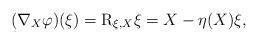
LaTeX: \begin{align*} (\nabla _X \varphi) (\xi) = {\rm R} _{\xi, X} \xi = X - \eta (X) \xi, \end{align*}